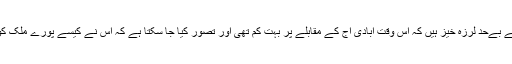
یہ اعداد و شمار اس لحاظ سے بےحد لرزہ خیز ہیں کہ اس وقت آبادی آج کے مقابلے پر بہت کم تھی اور تصور کیا جا سکتا ہے کہ اس نے کیسے پورے ملک کو بنجر بنا کر رکھ دیا ہو گا۔